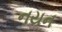
નયન